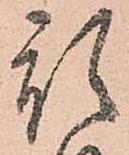
預